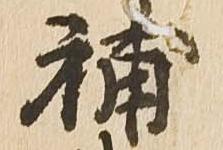
補